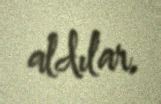
aldılar.